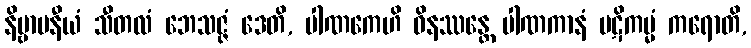
နိဗ္ဗာပနီယံ သီတလံ ဘေသဇ္ဇံ ဒေတိ, ပါဏကေဟိ ဝိနဿန္တေ ပါဏကာနံ ပဋိကမ္မံ ကရောတိ,